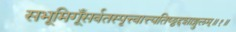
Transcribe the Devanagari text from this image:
सभूमिगूँसर्वतस्पृत्त्वात्त्यतिष्ठ्ठद्दशाङ्गुलम्॥१॥